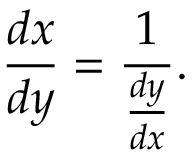
{ \frac { d x } { d y } } = { \frac { 1 } { \frac { d y } { d x } } } .